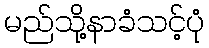
မည်သို့နာခံသင့်ပုံ